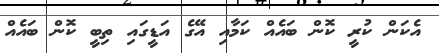
އެކަން ކުރީ ކޮން ބައެއް ކަމާއި އޭގެ އަޑީގައި ތިބީ ކޮން ބައެއް